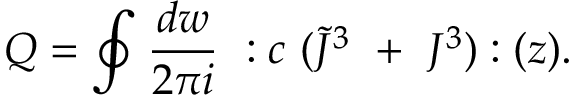
Q = \oint { \frac { d w } { 2 \pi i } } ~ : c ~ ( \tilde { J } ^ { 3 } ~ + ~ J ^ { 3 } ) : ( z ) .